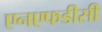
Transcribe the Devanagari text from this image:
एनएफडीसी